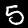
Digit: 5